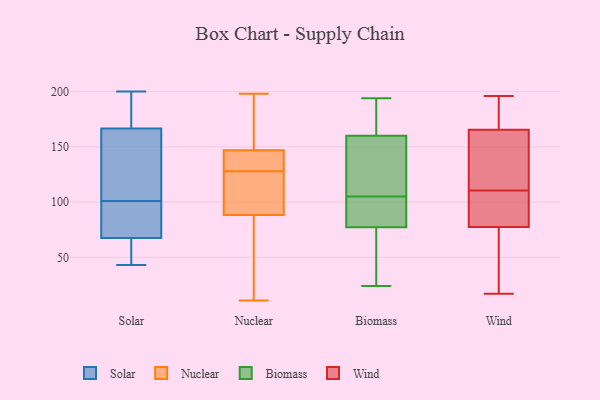
{"axis": {"x": "Gross Profit (USD K)", "y": "Value"}, "legend": ["Biomass", "Nuclear", "Solar", "Wind"], "data": [{"x": "", "y": 176, "type": "Solar"}, {"x": "", "y": 135, "type": "Solar"}, {"x": "", "y": 63, "type": "Solar"}, {"x": "", "y": 43, "type": "Solar"}, {"x": "", "y": 109, "type": "Solar"}, {"x": "", "y": 159, "type": "Solar"}, {"x": "", "y": 200, "type": "Solar"}, {"x": "", "y": 91, "type": "Solar"}, {"x": "", "y": 93, "type": "Solar"}, {"x": "", "y": 174, "type": "Solar"}, {"x": "", "y": 72, "type": "Solar"}, {"x": "", "y": 44, "type": "Solar"}, {"x": "", "y": 110, "type": "Nuclear"}, {"x": "", "y": 89, "type": "Nuclear"}, {"x": "", "y": 128, "type": "Nuclear"}, {"x": "", "y": 138, "type": "Nuclear"}, {"x": "", "y": 173, "type": "Nuclear"}, {"x": "", "y": 150, "type": "Nuclear"}, {"x": "", "y": 11, "type": "Nuclear"}, {"x": "", "y": 88, "type": "Nuclear"}, {"x": "", "y": 107, "type": "Nuclear"}, {"x": "", "y": 137, "type": "Nuclear"}, {"x": "", "y": 24, "type": "Nuclear"}, {"x": "", "y": 76, "type": "Nuclear"}, {"x": "", "y": 161, "type": "Nuclear"}, {"x": "", "y": 138, "type": "Nuclear"}, {"x": "", "y": 198, "type": "Nuclear"}, {"x": "", "y": 81, "type": "Biomass"}, {"x": "", "y": 194, "type": "Biomass"}, {"x": "", "y": 166, "type": "Biomass"}, {"x": "", "y": 24, "type": "Biomass"}, {"x": "", "y": 130, "type": "Biomass"}, {"x": "", "y": 45, "type": "Biomass"}, {"x": "", "y": 66, "type": "Biomass"}, {"x": "", "y": 158, "type": "Biomass"}, {"x": "", "y": 120, "type": "Biomass"}, {"x": "", "y": 184, "type": "Biomass"}, {"x": "", "y": 102, "type": "Biomass"}, {"x": "", "y": 98, "type": "Biomass"}, {"x": "", "y": 105, "type": "Biomass"}, {"x": "", "y": 196, "type": "Wind"}, {"x": "", "y": 101, "type": "Wind"}, {"x": "", "y": 63, "type": "Wind"}, {"x": "", "y": 194, "type": "Wind"}, {"x": "", "y": 17, "type": "Wind"}, {"x": "", "y": 131, "type": "Wind"}, {"x": "", "y": 40, "type": "Wind"}, {"x": "", "y": 192, "type": "Wind"}, {"x": "", "y": 177, "type": "Wind"}, {"x": "", "y": 115, "type": "Wind"}, {"x": "", "y": 92, "type": "Wind"}, {"x": "", "y": 29, "type": "Wind"}, {"x": "", "y": 141, "type": "Wind"}, {"x": "", "y": 106, "type": "Wind"}, {"x": "", "y": 116, "type": "Wind"}, {"x": "", "y": 165, "type": "Wind"}, {"x": "", "y": 166, "type": "Wind"}, {"x": "", "y": 106, "type": "Wind"}, {"x": "", "y": 105, "type": "Wind"}, {"x": "", "y": 46, "type": "Wind"}]}